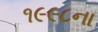
૧૯૯૮ના